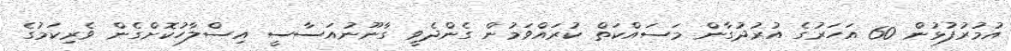
އުމުރުފުޅުން 60 އަހަރުގެ އުރުދުގާން މަސައްކަތް ކުރައްވަމުން ގެންދެވީ ގާނޫނުއަސާސީ އިސްލާހުކޮށްގެން ވެރިކަމުގެ